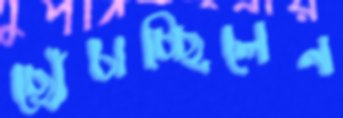
ছোঁচাচ্ছিলেন